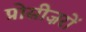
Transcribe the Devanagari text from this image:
प्रोसीज़रों